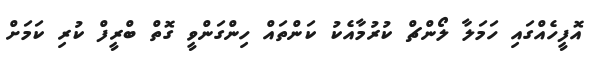
އޮފީހެއްގައި ހަމަލާ ލޯންޗް ކުރުމާއެކު ކަންތައް ހިންގަންވީ ގޮތް ބްރީފް ކުރި ކަމަށް